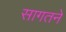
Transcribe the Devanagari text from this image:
सागतने